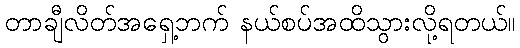
တာချီလိတ်အရှေ့ဘက် နယ်စပ်အထိသွားလို့ရတယ်။